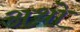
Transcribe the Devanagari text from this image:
अथो